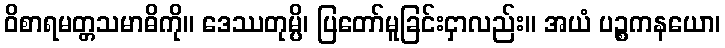
ဝိစာရမတ္တသမာဓိကို။ ဒေဿတုမ္ပိ၊ ပြတော်မူခြင်းငှာလည်း။ အယံ ပဉ္စကနယော၊